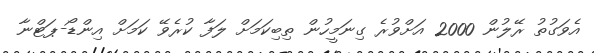
އެވަގުތު ރޭލުން 2000 އަށްވުރެ ގިނަމީހުން ތިބިކަމަށް ލަފާ ކުރެވޭ ކަމަށް އިންޑޯ-ޕަޓްނާ